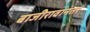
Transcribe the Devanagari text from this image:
बाजीरावांनंतर